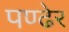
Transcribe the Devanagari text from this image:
पण्ढेर